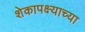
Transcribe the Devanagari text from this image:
शेकापक्ष्याच्या